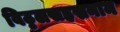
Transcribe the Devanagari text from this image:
विठ्ठलसहस्रनाम